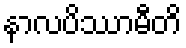
နာလပိဿာမီတိ